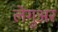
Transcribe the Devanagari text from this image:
लेगुअर